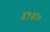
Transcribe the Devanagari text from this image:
४१४७